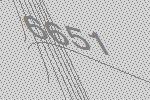
6651